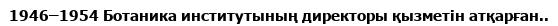
1946–1954 Ботаника институтының директоры қызметін атқарған..